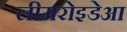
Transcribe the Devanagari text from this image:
लीमरोइडेआ